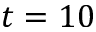
t = 1 0